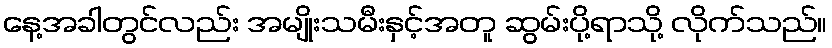
နေ့အခါတွင်လည်း အမျိုးသမီးနှင့်အတူ ဆွမ်းပို့ရာသို့ လိုက်သည်။